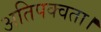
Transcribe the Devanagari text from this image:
अतिपक्वता।